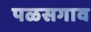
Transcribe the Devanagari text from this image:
पळसगाव